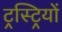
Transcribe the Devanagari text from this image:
ट्रस्ट्रियों